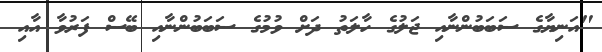
"އަނިޔާގެ ސަބަބުންނާއި ޖަލުގެ ހާލަތު ދަށް ވުމުގެ ސަބަބުންނާއި ބޭސް ފަރުވާ އާއި